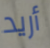
أريد